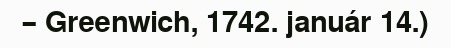
– Greenwich, 1742. január 14.)